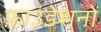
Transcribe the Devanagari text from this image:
फ़ाउंडेशनों